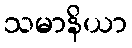
သမာနိယာ